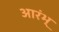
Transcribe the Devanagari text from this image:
आरंभ्